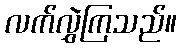
လက်လွှဲကြသည်။